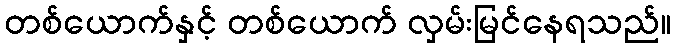
တစ်ယောက်နှင့် တစ်ယောက် လှမ်းမြင်နေရသည်။